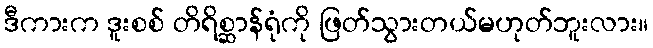
ဒီကားက ဒူးစစ် တိရိစ္ဆာန်ရုံကို ဖြတ်သွားတယ်မဟုတ်ဘူးလား။